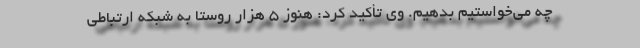
چه می‌خواستیم بدهیم. وی تأکید کرد: هنوز ۵ هزار روستا به شبکه ارتباطی